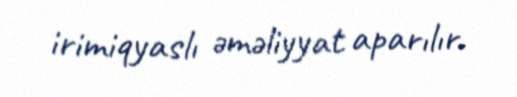
irimiqyaslı əməliyyat aparılır.